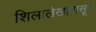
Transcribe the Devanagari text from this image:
शिलालेखापासून